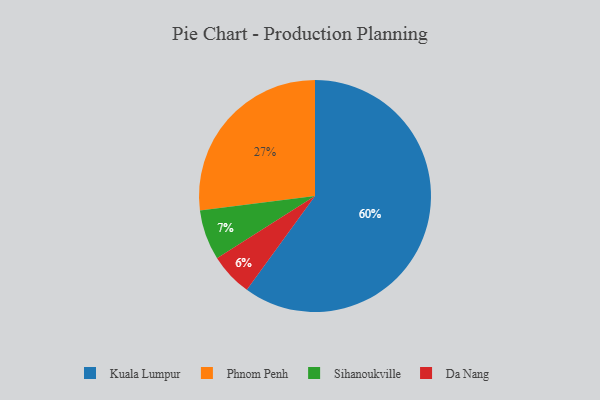
{"axis": {"x": "Category", "y": "Percentage"}, "legend": ["Da Nang", "Kuala Lumpur", "Phnom Penh", "Sihanoukville"], "data": [{"x": "Da Nang", "y": 6, "type": "Da Nang"}, {"x": "Phnom Penh", "y": 27, "type": "Phnom Penh"}, {"x": "Kuala Lumpur", "y": 60, "type": "Kuala Lumpur"}, {"x": "Sihanoukville", "y": 7, "type": "Sihanoukville"}]}